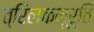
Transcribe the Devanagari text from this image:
त्रिलकमूर्ति